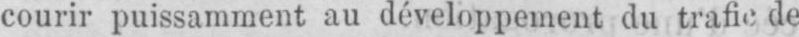
courir puissamment au développement du trafic de